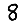
Digit: 8